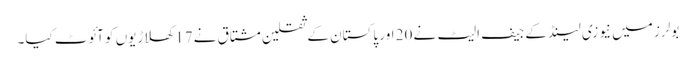
بولرز میں نیوزی لینڈ کے جیف الیٹ نے 20 اور پاکستان کے ثقلین مشتاق نے 17 کھلاڑیوں کو آئوٹ کیا۔